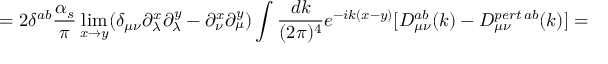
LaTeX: = 2 \delta ^ { a b } \frac { \alpha _ { s } } { \pi } \operatorname * { l i m } _ { x \rightarrow y } ( \delta _ { \mu \nu } \partial _ { \lambda } ^ { x } \partial _ { \lambda } ^ { y } - \partial _ { \nu } ^ { x } \partial _ { \mu } ^ { y } ) \int \frac { d k } { ( 2 \pi ) ^ { 4 } } e ^ { - i k ( x - y ) } [ D _ { \mu \nu } ^ { a b } ( k ) - D _ { \mu \nu } ^ { p e r t \, a b } ( k ) ] =